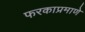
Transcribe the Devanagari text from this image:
फरकाप्रमाणे